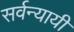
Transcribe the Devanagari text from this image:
सर्वन्यायी